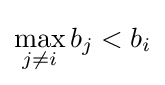
\max _{j\neq i}b_{j}<b_{i}